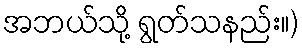
အဘယ်သို့ ရွတ်သနည်း။)